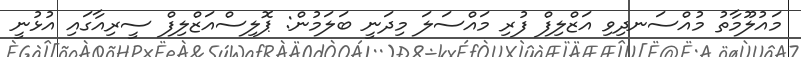
މައުލޫމާތު މުއްސަނދިވި އަޒްލިފް ފުރި މައްސަލަ މިދަނީ ބަލަމުން: ޕޮލިސްއަޒްލިފް ސީރިއާގައި އުޅުނީ